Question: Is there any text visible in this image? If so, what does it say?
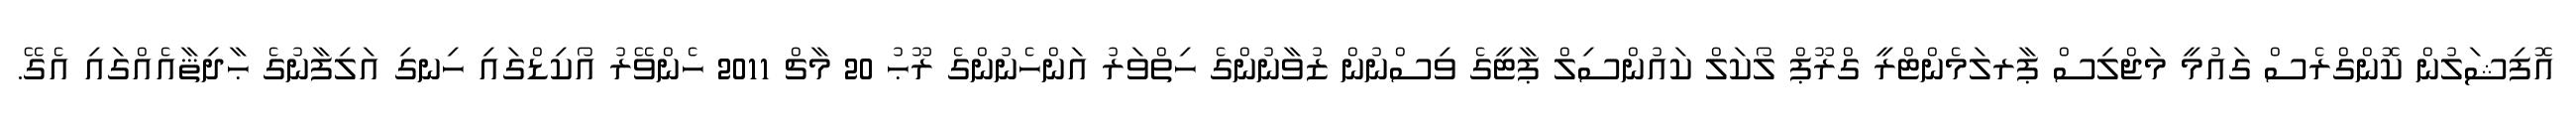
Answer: އޮފިޝަލުން ކޮންގްރެސް ގައުމީ މަޖްލިސް ޕާރލަމެންޓްރީ ގްރޫޕް ލޯކަލް ކައުންސިލް ޕާޓީގެ ވިސްނުން ޒުވާނުންގެ ހިތްވަރު އަންހެނުންގެ ރޫޙު 20 މާޗް 2011 ހެންވޭރު އޯކިޑްގައި ހިނގި އަލިފާނުގެ ޙާދިޘާއެއްގައި އެގޭ.